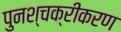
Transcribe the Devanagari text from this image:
पुनश्चक्रीकरण